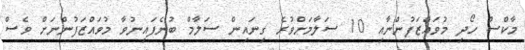
މާކްސް ހޯދި މުވައްޒަފުންނާއި 10 ސަލާމަށްވުރެ ގިނައިން ސަލާމް ބުނެފައިނުވާ މުވައްޒަފުންނަށް ވެސް